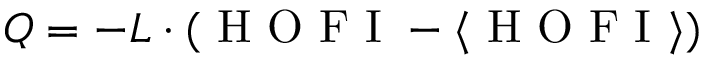
Q = - L \cdot ( \mathrm { ~ H ~ O ~ F ~ I ~ } - \langle \mathrm { ~ H ~ O ~ F ~ I ~ } \rangle )